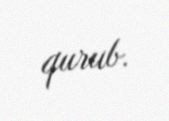
qurub.